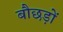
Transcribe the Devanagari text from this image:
बौछड़ों